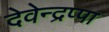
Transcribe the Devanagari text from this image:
देवेन्द्रप्पा